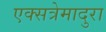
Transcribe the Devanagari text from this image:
एक्सत्रेमादुरा